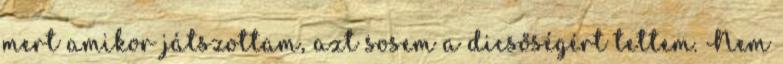
mert amikor játszottam, azt sosem a dicsőségért tettem. Nem